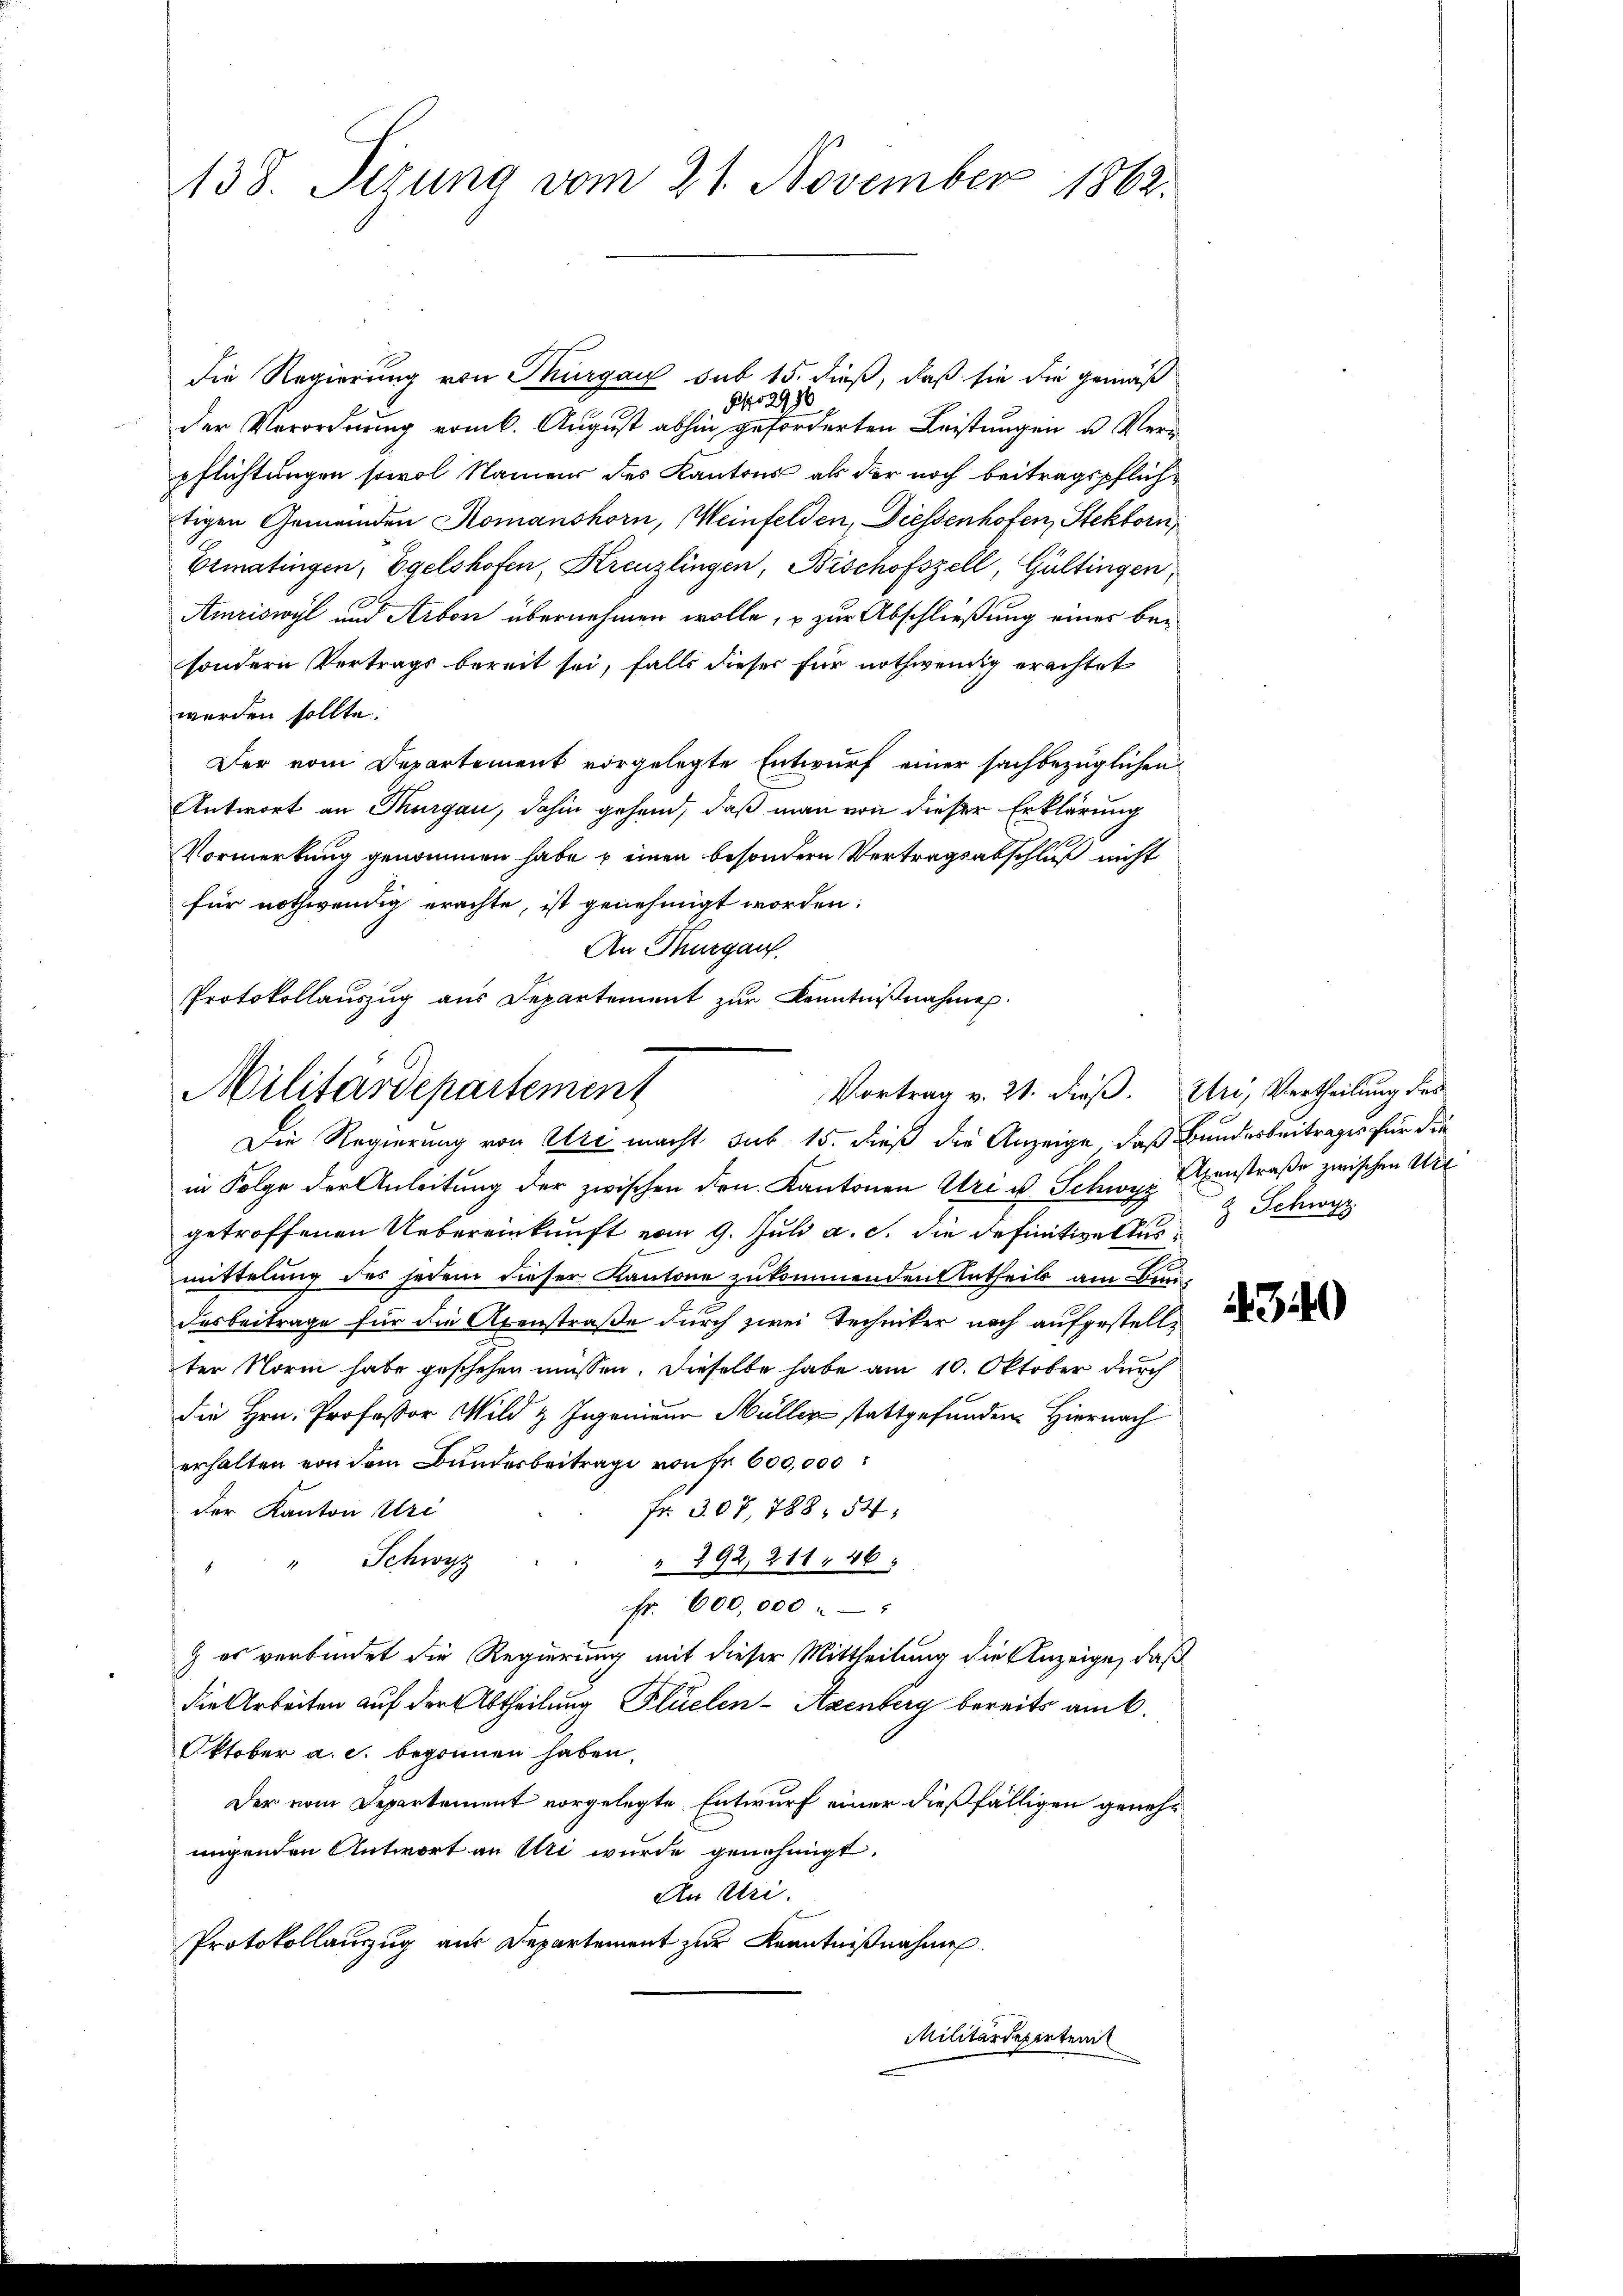
1138. Sizung vom 21. November 1862.

die Regierung von Thurgau sub 15. dieß, daß sie die gemäß
Obo 2970
der Verordnung vom 6. August abhin geforderten Leistungen u. Verpflichtungen sowol Namens des Kantons als der noch beitragspflichtigen Gemeinden Romanshorn, Weinfelden, Diessenhofen, Stektorn,
Ermatingen, Egelshofen, Kreuzlingen, Bischofszell, Gültingen,
Amriswyl und Arbon übernehmen wolle, u zur Abschließung eines besondern Vertrags bereit sei, falls dieser für nothwendig erachtet
werden sollte.
Der vom Departement vorgelegte Entwurf einer sachbezüglichen
Antwort an Thurgau, dahin gehend, daß man von dieser Erklärung
Vormerkung genommen habe u einen besondern Vertragsabschluß nicht
für nothwendig erachte, ist genehmigt worden:
An Thurgau.
Die Regierung von Uri macht sub 15. dieß der Anzeige, daß Bundesbeitrages für die
in Folge der Anleitung der zwischen Dr. Kantonen Uri u. Schwyz anstraße zwischen Art
getroffenen Uebereinkunft vom 9. Juli a. c. die definitiveltes
mittelung des jedem dieser Kantone zukommenden Antheils am Bundesbeitrage für die Axenstraße durch zwei Techniker nach aufgestellter Norm habe geschehen müssen. Dieselbe habe am 10. Oktober durch
die Hrn. Professor Wild & Ingenieur Müller stattgefunden. Hiernach
erhalten von dem Bundesbeitrage von Fr. 600,000
fr. 307, 788. 54
der Kanton Uri
Schwyz
" 292, 211. 46
Fr. 600,000
) es verbindet die Regierung mit dieser Mittheilung die Anzeige, daß
die Arbeiten auf der Abtheilung Plüelen- Axenberg bereits am 6.
Oktober a. c. begonnen haben.
Der vom Departement vorgelegte Entwurf einer dießfälligen genehmigenden Antwort an Uri wurde genehmigt.
An Uri.
Protokollauszug aus Departement zur Kenntnißnahmen.
Militärdepartem

Protokollauszug aus Departement zur Kenntnißnahme.
Militärdepartement
Vortrag v. 21. dieß. Uri, Vertheilung des

Schwyz

340